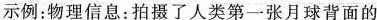
示例：物理信息：拍摄了人类第一张月球背面的